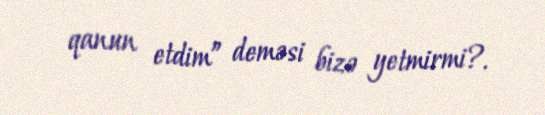
qanun etdim” deməsi bizə yetmirmi?.